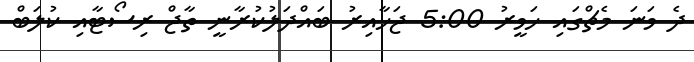
ދެ ވަނަ މެޗްގައި ހަވީރު 5:00 ޖަހާއިރު ބައްދަލުކުރާނީ ތާޖް ރިސޯޓާއި ކުލަބް